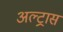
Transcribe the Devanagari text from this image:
अल्ट्रास